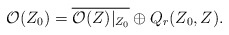
\begin{align*} \mathcal{O}(Z_0)= \overline{\mathcal{O}(Z)|_{Z_0}} \oplus Q_r(Z_0,Z).\end{align*}